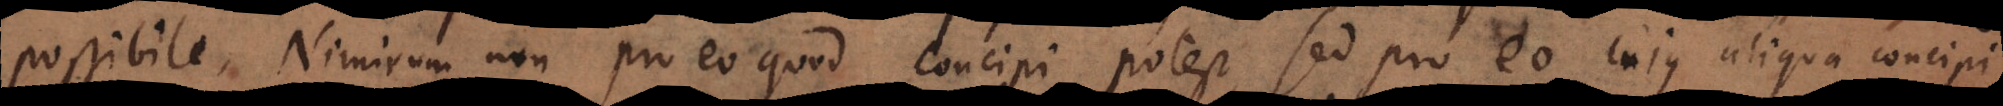
possibile. Nimirum non pro eo quod concipi potest, sed pro eo cuius aliqua concipi